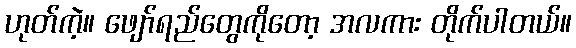
ဟုတ်ကဲ့။ ဖျော်ရည်တွေကိုတော့ အလကား တိုက်ပါတယ်။